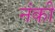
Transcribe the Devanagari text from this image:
नंकी